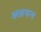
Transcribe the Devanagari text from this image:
अन्नयन